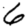
Digit: 6